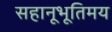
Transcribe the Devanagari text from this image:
सहानूभूतिमय